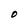
Character: O